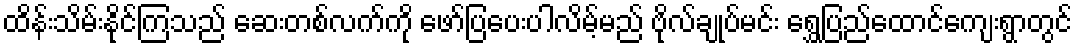
ထိန်းသိမ်းနိုင်ကြသည် ဆေးတစ်လက်ကို ဖော်ပြပေးပါလိမ့်မည် ဗိုလ်ချုပ်မင်း ရွှေပြည်ထောင်ကျေးရွာတွင်